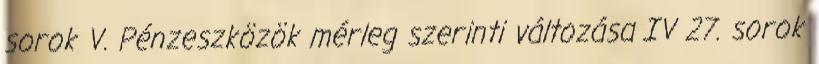
sorok V. Pénzeszközök mérleg szerinti változása IV 27. sorok